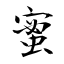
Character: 蜜